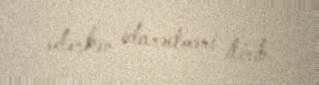
edərkən idarəetməni itirib.